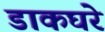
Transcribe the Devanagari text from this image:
डाकघरे